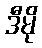
ဒီမို